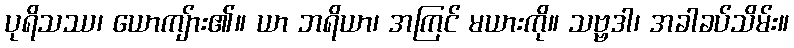
ပုရိသဿ၊ ယောကျ်ား၏။ ယာ ဘရိယာ၊ အကြင် မယားကို။ သဗ္ဗဒါ၊ အခါခပ်သိမ်း။